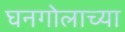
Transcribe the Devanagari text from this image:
घनगोलाच्या